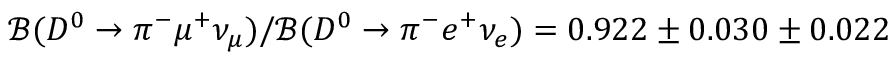
{ \mathcal B } ( D ^ { 0 } \to \pi ^ { - } \mu ^ { + } \nu _ { \mu } ) / { \mathcal B } ( D ^ { 0 } \to \pi ^ { - } e ^ { + } \nu _ { e } ) = 0 . 9 2 2 \pm 0 . 0 3 0 \pm 0 . 0 2 2